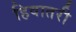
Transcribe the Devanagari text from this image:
हिवातरी